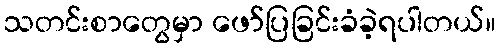
သတင်းစာတွေမှာ ဖော်ပြခြင်းခံခဲ့ရပါတယ်။